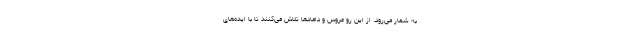
به شمار می‌رود. از این رو عروس و داماد‌ها تلاش می‌کنند تا با ایده‌های